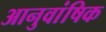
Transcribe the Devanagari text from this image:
आनुवांषिक